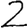
Digit: 2